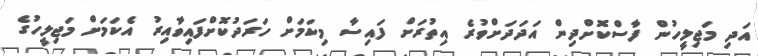
އަދި މަޖިލީހުން ފާސްކޮށްދިން އަދަދަށްވުރެ އިތުރަށް ފައިސާ މިކަމަށް ހަރަދުކޮށްފައިވާއިރު އެކަމަށް މަޖިލީހުގެ